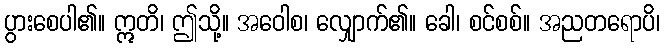
ပွားစေပါ၏။ ဣတိ၊ ဤသို့။ အဝေါစ၊ လျှောက်၏။ ခေါ၊ စင်စစ်။ အညတရောပိ၊